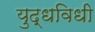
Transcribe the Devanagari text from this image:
युद्धविधी